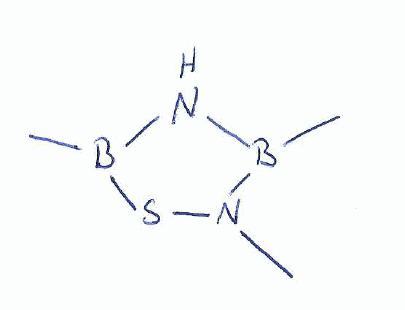
Simplified molecular-input line-entry system (SMILES) notation of the given molecule:
B1(NB(SN1C)C)C